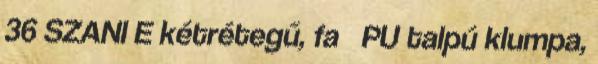
36 SZANI E kétrétegű, fa PU talpú klumpa,